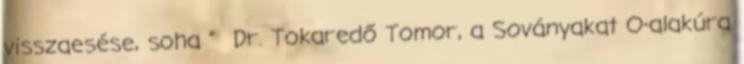
visszaesése, soha ” Dr. Tokaredő Tomor, a Soványakat O-alakúra